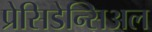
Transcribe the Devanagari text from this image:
प्रेसिडेन्सिअल